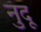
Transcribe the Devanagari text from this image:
नुंदू